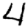
Digit: 4